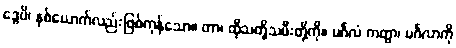
ဒွေပိ၊ နှစ်ယောက်လည်းဖြစ်ကုန်သော။ တာ၊ ထိုသတို့သမီးတို့ကို။ မင်္ဂလံ ကတွာ၊ မင်္ဂလာကို